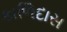
કાળિદાસ